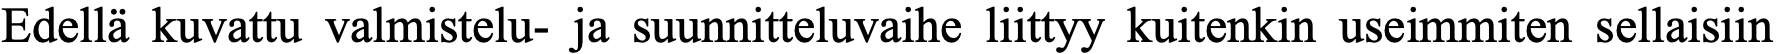
Edellä kuvattu valmistelu- ja suunnitteluvaihe liittyy kuitenkin useimmiten sellaisiin